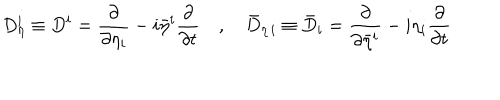
LaTeX: D _ { \eta } ^ { i } \equiv D ^ { i } = \frac { \partial } { \partial \eta _ { i } } - i \bar { \eta } ^ { i } \frac { \partial } { \partial t } \quad , \quad \bar { D } _ { \eta \, i } \equiv \bar { D } _ { i } = \frac { \partial } { \partial \bar { \eta } ^ { i } } - i \eta _ { i } \frac { \partial } { \partial t }